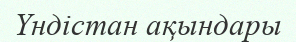
Үндістан ақындары